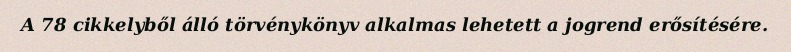
A 78 cikkelyből álló törvénykönyv alkalmas lehetett a jogrend erősítésére.